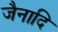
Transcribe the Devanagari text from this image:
जैनादि